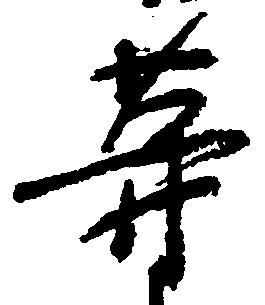
等